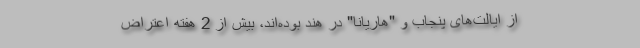
از ایالت‌های پنجاب و "هاریانا" در هند بوده‌اند، بیش از 2 هفته اعتراض